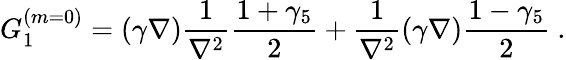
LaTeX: G_{1}^{(m=0)}=(\gamma\nabla)\frac{1}{\nabla^{2}}\frac{1+\gamma_{5}}{2}+\frac{1}{\nabla^{2}}(\gamma\nabla)\frac{1-\gamma_{5}}{2}~.